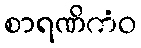
စာရဏိကံဝ